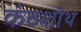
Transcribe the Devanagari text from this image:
कंठशोथ